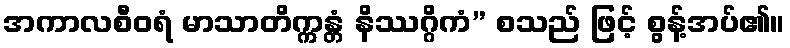
အကာလစီဝရံ မာသာတိက္ကန္တံ နိဿဂ္ဂိကံ” စသည် ဖြင့် စွန့်အပ်၏။